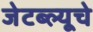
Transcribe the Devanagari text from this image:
जेटब्ल्यूचे